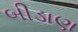
બીડાણ